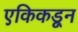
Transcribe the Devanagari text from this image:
एकिकडून